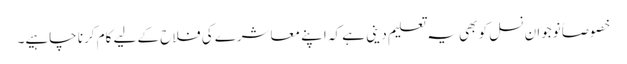
خصوصاً نوجوان نسل کو بھی یہ تعلیم دینی ہے کہ اپنے معاشرے کی فلاح کے لیے کام کرنا چاہیے۔